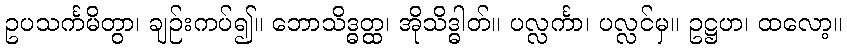
ဥပသင်္ကမိတွာ၊ ချဉ်းကပ်၍။ ဘောသိဒ္ဓတ္ထ၊ အိုသိဒ္ဓါတ်။ ပလ္လင်္ကာ၊ ပလ္လင်မှ။ ဥဋ္ဌဟ၊ ထလော့။